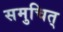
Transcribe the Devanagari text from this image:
समुचित्